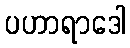
ပဟာရာဒေါ